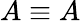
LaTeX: A\equiv A